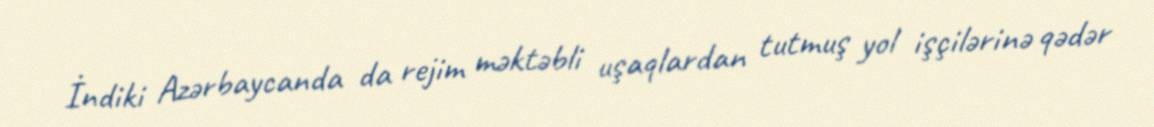
İndiki Azərbaycanda da rejim məktəbli uşaqlardan tutmuş yol işçilərinə qədər